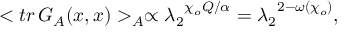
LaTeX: < t r \, G _ { \cal A } ( x , x ) > _ { \cal A } \propto { { \lambda _ { 2 } } ^ { { \chi _ { o } } Q / \alpha } } = { { \lambda _ { 2 } } ^ { 2 - \omega ( { \chi _ { o } } ) } } ,